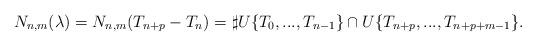
LaTeX: \begin{align*}N_{n,m}(\lambda)=N_{n,m}(T_{n+p}-T_n)= \sharp U\{T_0,...,T_{n-1}\} \cap U\{T_{n+p},...,T_{n+p+m-1} \}. \end{align*}